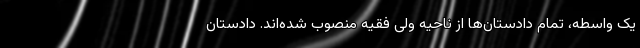
یک واسطه، تمام دادستان‌ها از ناحیه ولی فقیه منصوب شده‌اند. دادستان